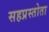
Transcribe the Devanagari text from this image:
सहप्रस्तोता